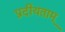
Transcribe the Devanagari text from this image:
प्रदीयताम्